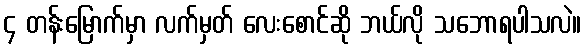
၄ တန်းမြောက်မှာ လက်မှတ် လေးစောင်ဆို ဘယ်လို သဘောရပါသလဲ။